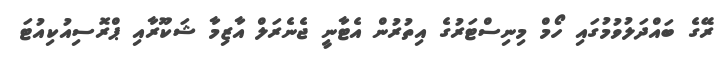
ރޭގެ ބައްދަލުވުމުގައި ހޯމް މިނިސްޓަރުގެ އިތުރުން އެޓާނީ ޖެނެރަލް އާޒިމާ ޝަކޫރާއި ޕްރޮސިއުކިއުޓަ